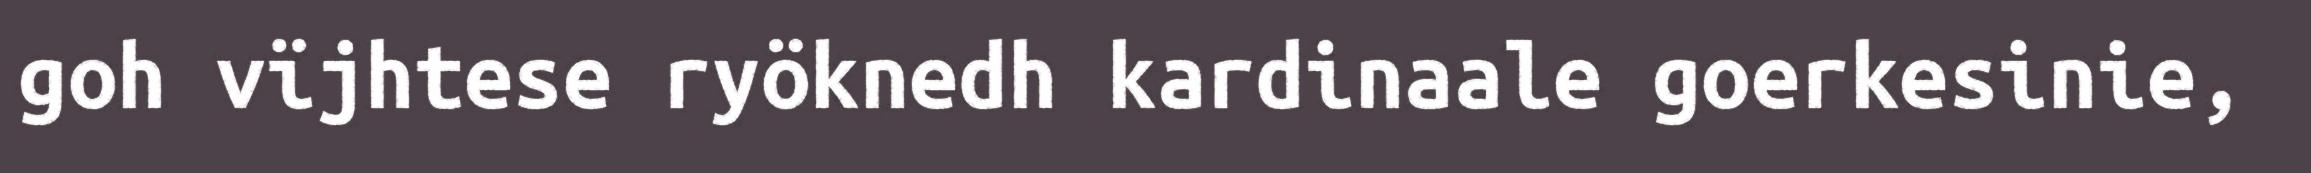
goh vïjhtese ryöknedh kardinaale goerkesinie,